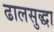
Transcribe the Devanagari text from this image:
ढालसुद्धा